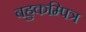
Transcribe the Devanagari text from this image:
बहुकम्पित्र